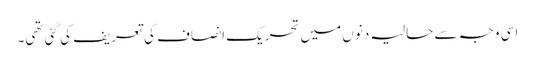
اسی وجہ سے حالیہ دنوں میں تحریکِ انصاف کی تعریف کی گئی تھی۔